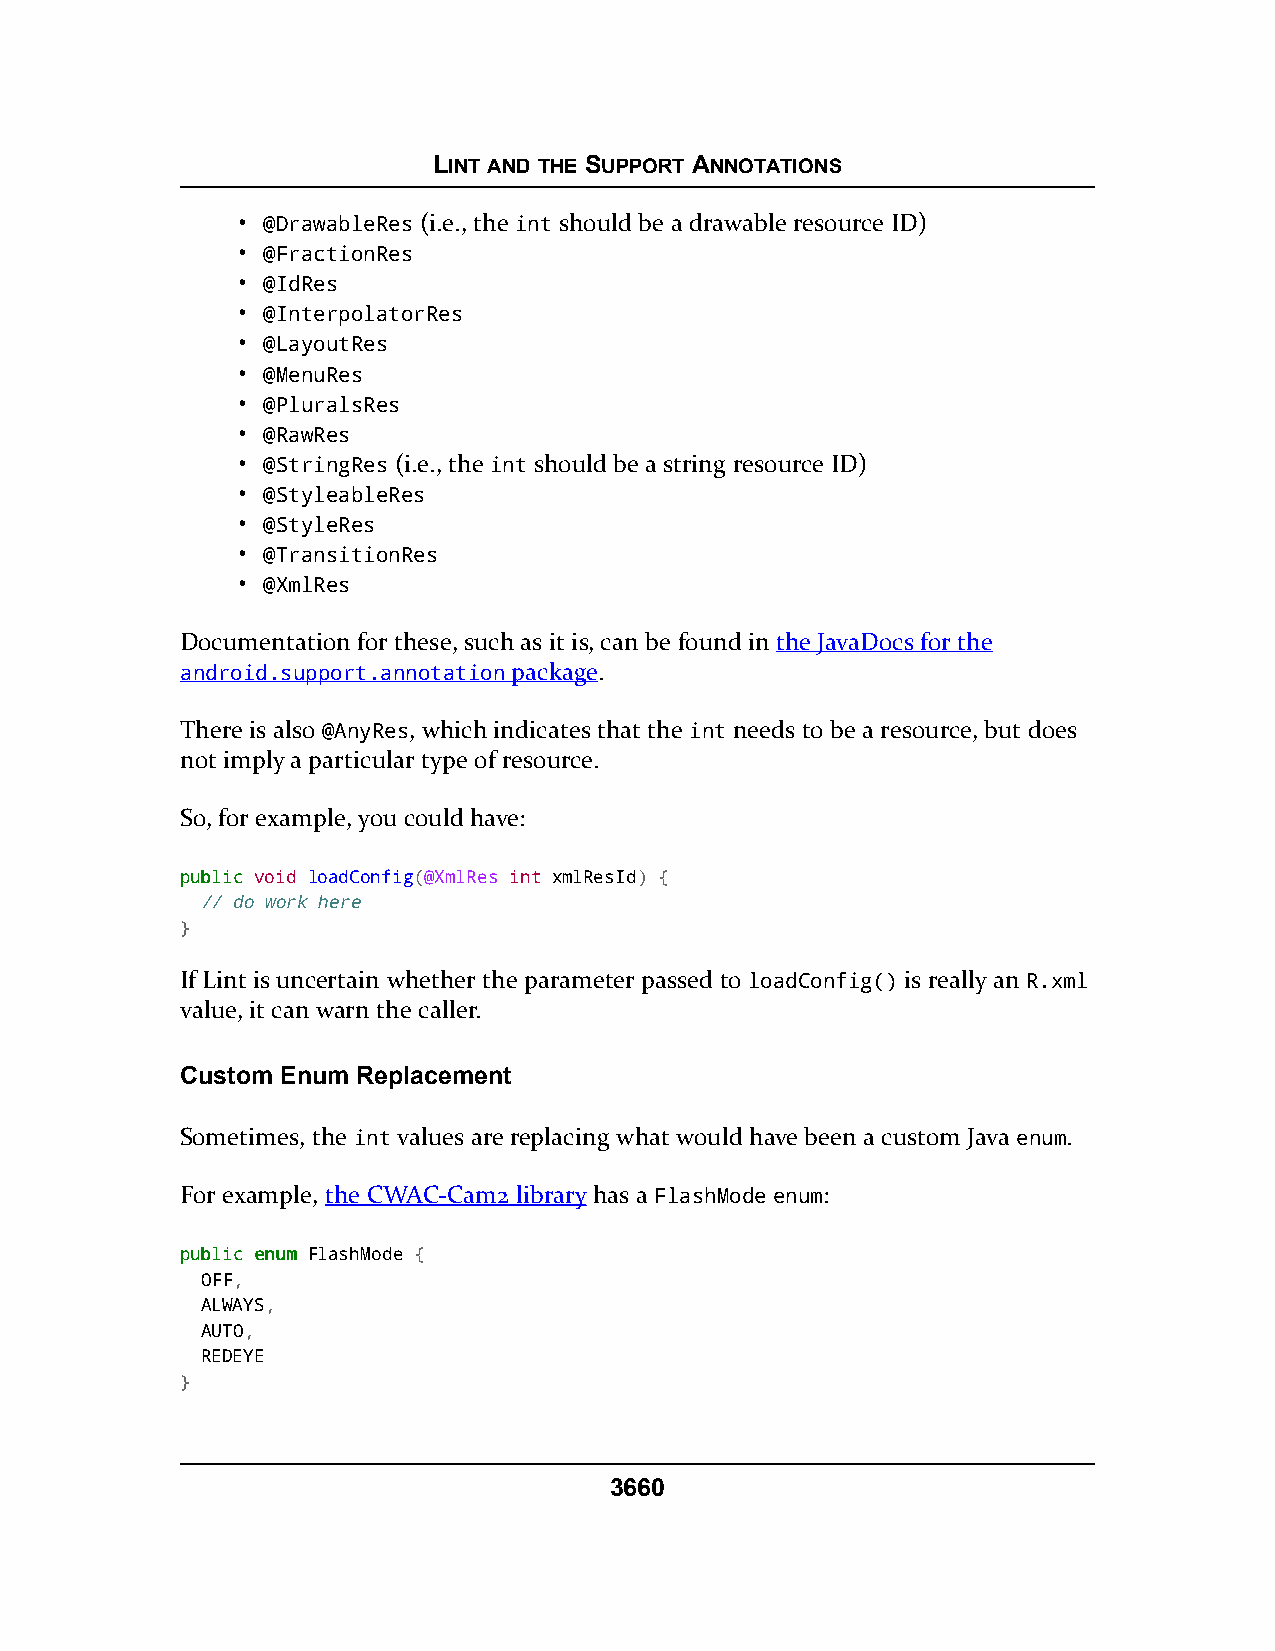
LINT AND THE SUPPORT ANNOTATIONS
 • @DrawableRes (i.e., the int should be a drawable resource ID)
 • @FractionRes
 • @IdRes
 • @InterpolatorRes
 • @LayoutRes
 • @MenuRes
 • @PluralsRes
 • @RawRes
 • @StringRes (i.e., the int should be a string resource ID)
 • @StyleableRes
 • @StyleRes
 • @TransitionRes
 • @XmlRes
 Documentation for these, such as it is, can be found in the JavaDocs for the
 android.support.annotation package.
 There is also @AnyRes, which indicates that the int needs to be a resource, but does
 not imply a particular type of resource.
 So, for example, you could have:
 ppuubblliicc void loadConfig(@XmlRes int xmlResId) {
 // do work here
 }
 If Lint is uncertain whether the parameter passed to loadConfig() is really an R.xml
 value, it can warn the caller.
 Custom Enum Replacement
 Sometimes, the int values are replacing what would have been a custom Java enum.
 For example, the CWAC-Cam2 library has a FlashMode enum:
 ppuubblliicc eennuumm FlashMode {
 OFF,
 ALWAYS,
 AUTO,
 REDEYE
 }
 3660